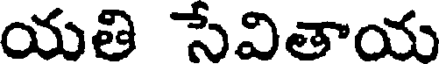
యతి సేవితాయ